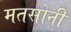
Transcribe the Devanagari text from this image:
मतसोनी